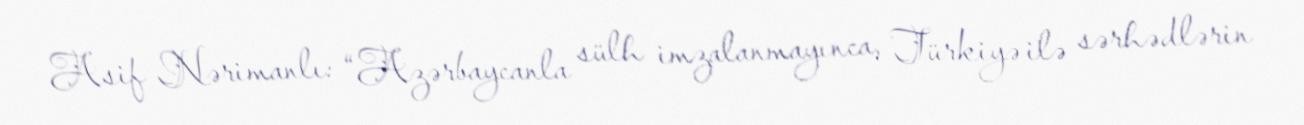
Asif Nərimanlı: “Azərbaycanla sülh imzalanmayınca, Türkiyə ilə sərhədlərin